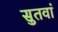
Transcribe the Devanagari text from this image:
सुतवां